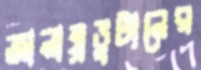
জানান্র্রভুটানের